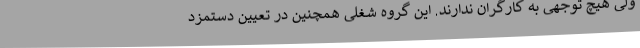
ولی هیچ توجهی به کارگران ندارند. این گروه شغلی همچنین در تعیین دستمزد